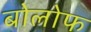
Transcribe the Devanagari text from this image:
बोलोफ